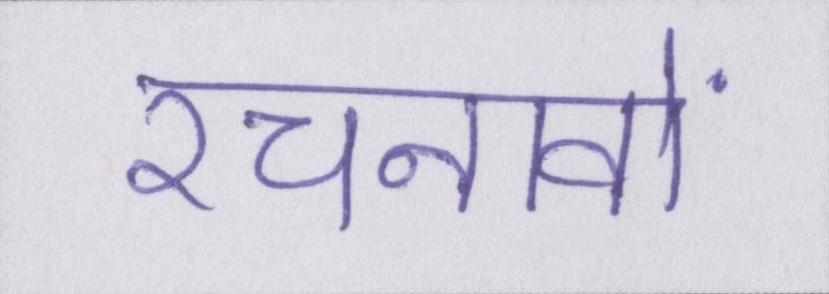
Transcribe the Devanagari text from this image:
रचनावों